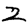
Digit: 2